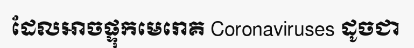
ដែលអាចផ្ទុកមេរោគ Coronaviruses ដូចជា